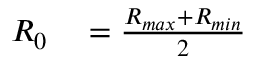
\begin{array} { r l } { R _ { 0 } } & { { } = \frac { R _ { m a x } + R _ { m i n } } { 2 } } \end{array}